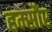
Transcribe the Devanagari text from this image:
हम्सौर